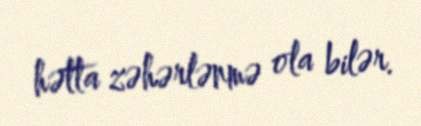
hətta zəhərlənmə ola bilər.